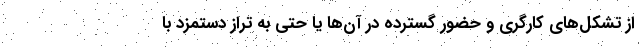
از تشکل‌های کارگری و حضور گسترده در آن‌ها یا حتی به تراز دستمزد با